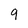
Character: 9